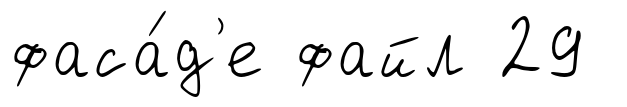
фаса́д'е файл 29